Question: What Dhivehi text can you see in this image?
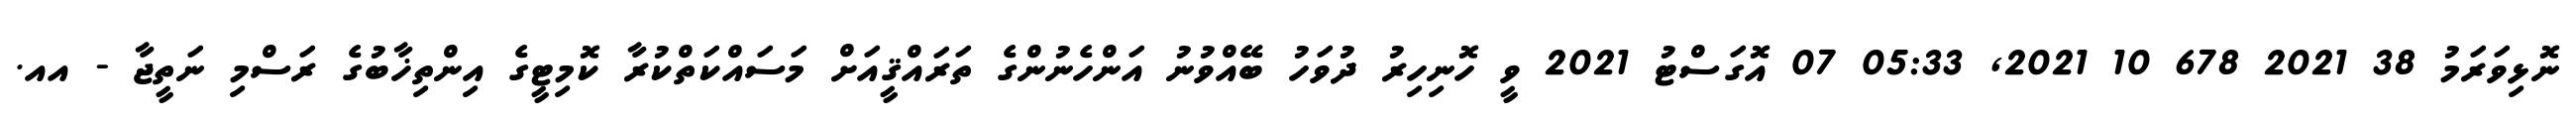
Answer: ނޮޅިވަރަމު 38 2021 678 10 2021, 05:33 07 އޮގަސްޓު 2021 ވީ ހޮނިހިރު ދުވަހު ބޭއްވުނު އަންހެނުންގެ ތަރައްޤީއަށް މަސައްކަތްކުރާ ކޮމިޓީގެ އިންތިޚާބުގެ ރަސްމި ނަތީޖާ - އއ.